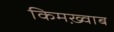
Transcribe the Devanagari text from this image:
किमख़्वाब